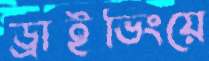
ড্রাইভিংয়ে